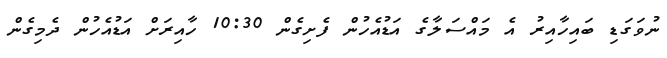
ނުވަގަޑި ބައިހާއިރު އެ މައްސަލާގެ އަޑުއެހުން ފެށިގެން 10:30 ހާއިރަށް އަޑުއެހުން ދެމިގެން